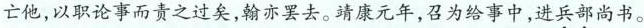
亡他，以职论事而责之过矣，翰亦罢去。靖康元年，召为给事中，进兵部尚书。